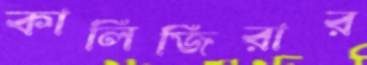
কালিজিরার